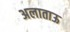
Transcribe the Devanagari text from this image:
अलाताऊ